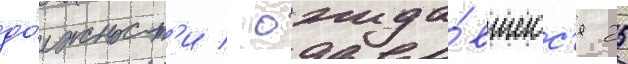
до́лжност'и / ожида́вшегос'я 25